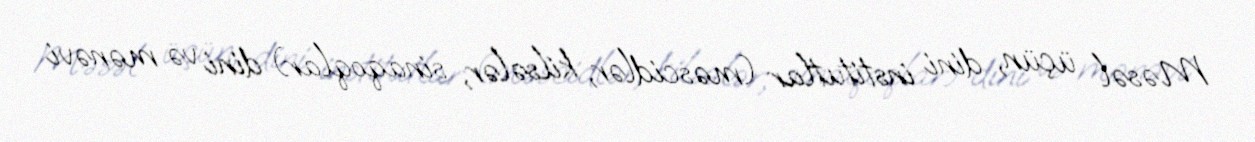
Məsəl üçün, dini institutlar (məscidlər, kilsələr, sinaqoqlar) dini və mənəvi